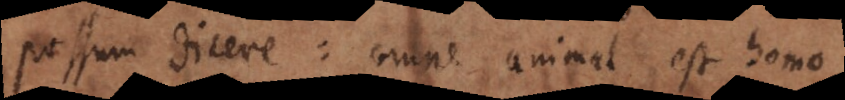
possum dicere: omne animal est homo.